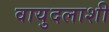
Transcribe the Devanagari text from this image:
वायुदलाशी